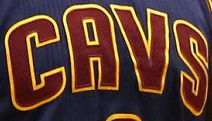
CAVS